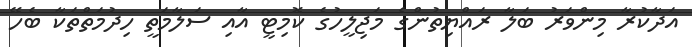
އަދާކުރާ މިންވަރު ބަލާ ރައްޔިތުންގެ މަޖިލީހުގެ ކޮމިޓީ އާއި ސަލާމަތީ ހިދުމަތްތަކާ ބެހޭ